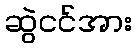
ဆွဲငင်အား